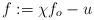
LaTeX: \begin{align*}f := \chi f_o - u\end{align*}